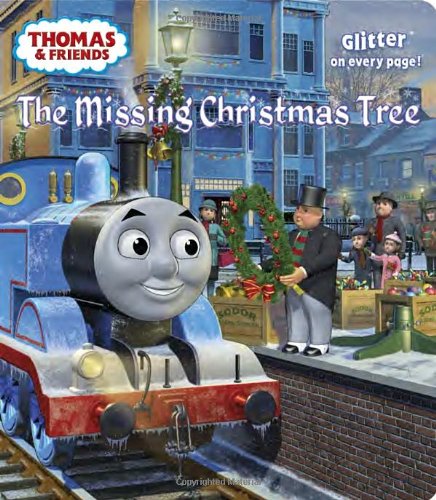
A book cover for The Missing Christmas Tree (Thomas & Friends) (Glitter Board Book); Rev. W. Awdry; Children's Books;